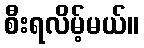
စီးရလိမ့်မယ်။